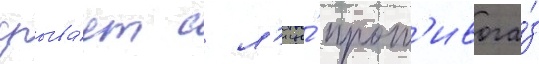
срыва́ет с л'ица́ прот'ивога́з